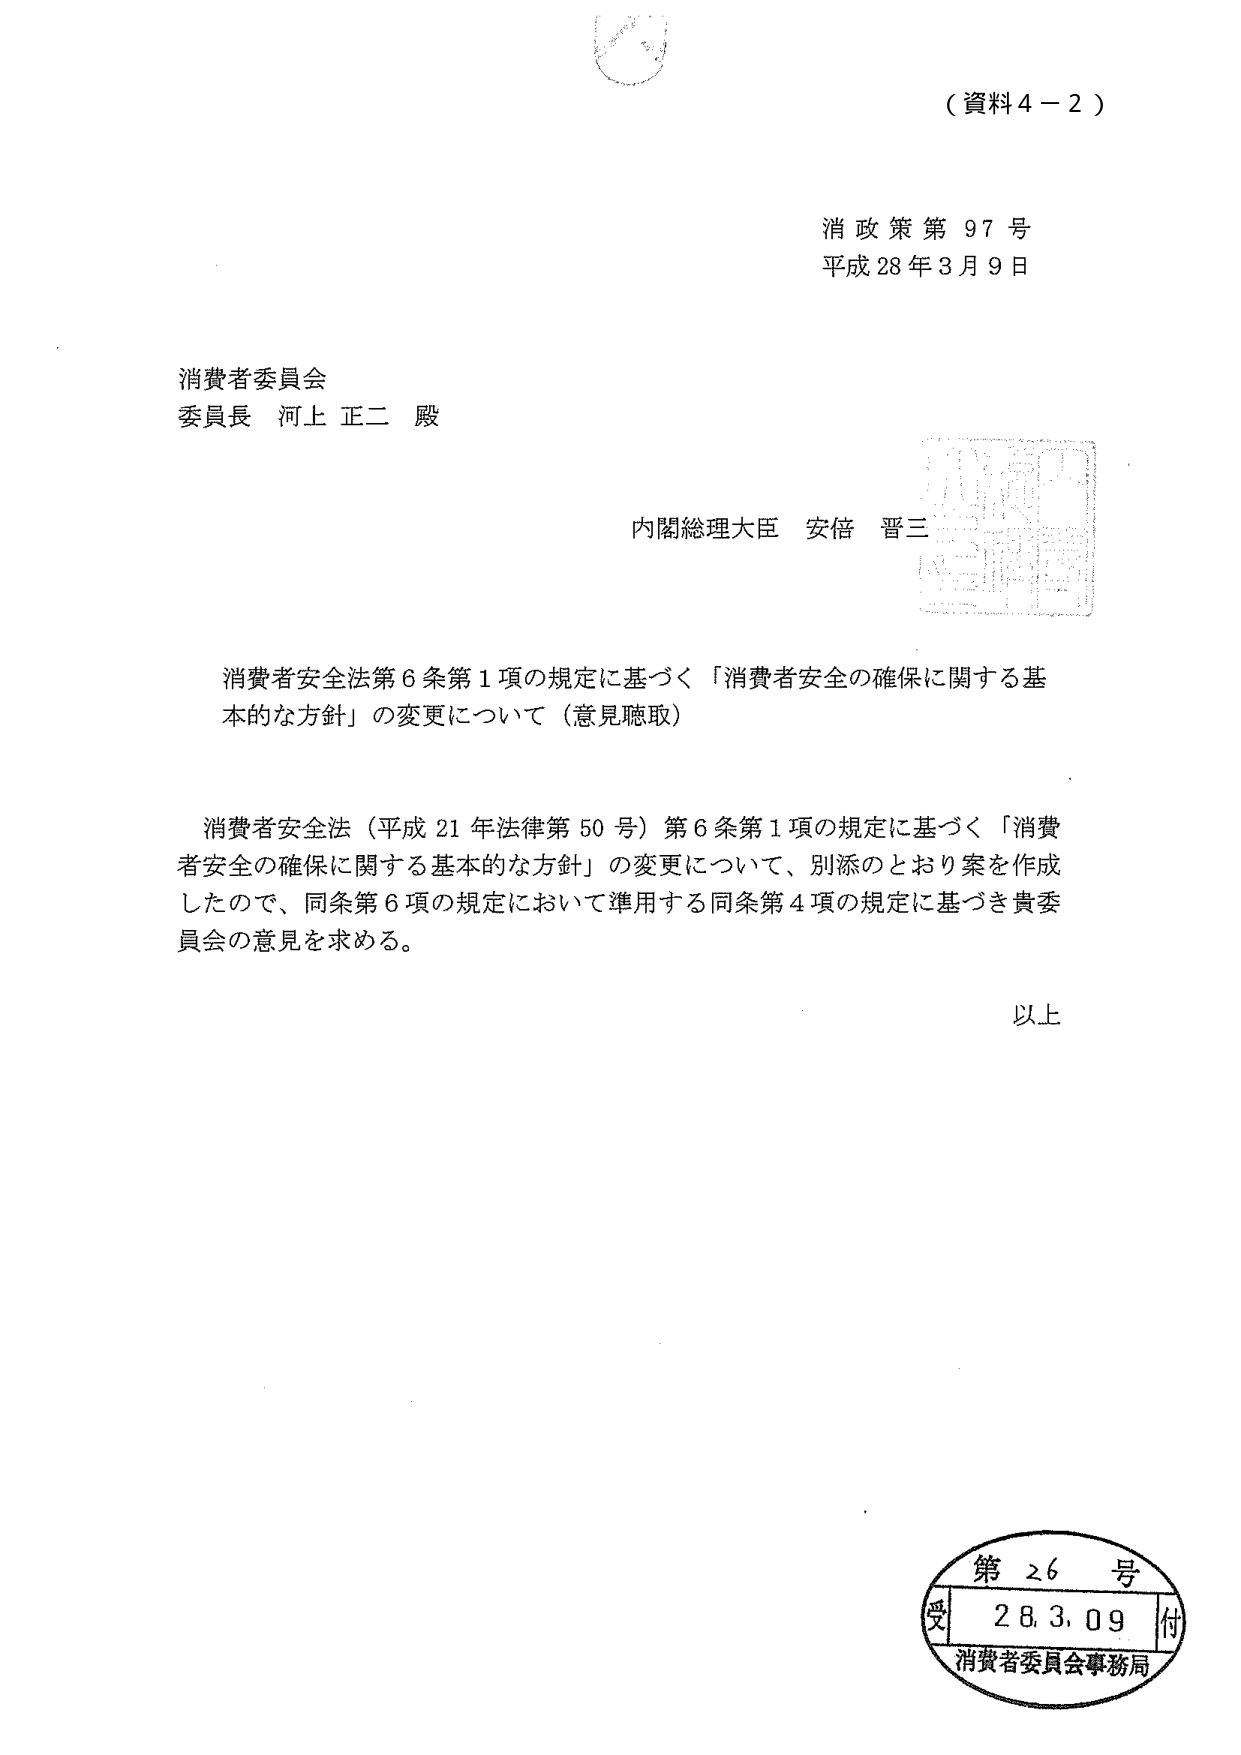
（資料４－２）

消政策第９７号
平成２８年３月９日

消費者委員会
委員長 河上 正二 殿

内閣総理大臣 安倍 晋三

消費者安全法第６条第１項の規定に基づく「消費者安全の確保に関する基本的な方針」の変更について（意見聴取）

消費者安全法（平成２１年法律第５０号）第６条第１項の規定に基づく「消費者安全の確保に関する基本的な方針」の変更について、別添のとおり案を作成したので、同条第６項の規定において準用する同条第４項の規定に基づき貴委員会の意見を求める。

以上

第２６号
受 ２８．３．０９ 付
消費者委員会事務局